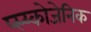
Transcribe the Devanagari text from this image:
प्स्य्कोजेनिक